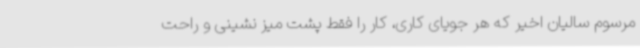
مرسوم سالیان اخیر که هر جویای کاری، کار را فقط پشت میز نشینی و راحت